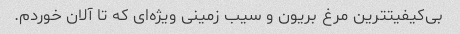
بی‌کیفیتترین مرغ بریون و سیب زمینی ویژه‌ای که تا آلان خوردم.